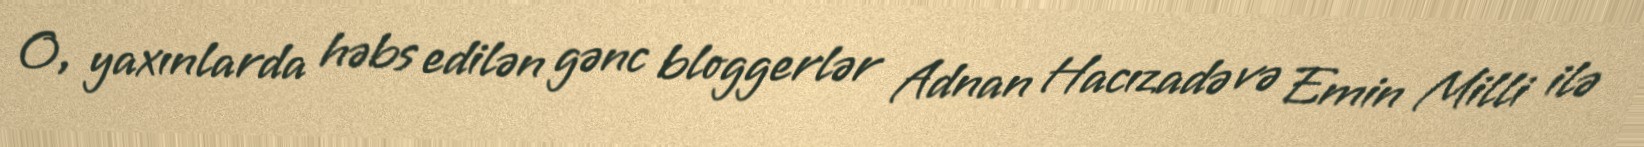
O, yaxınlarda həbs edilən gənc bloggerlər Adnan Hacızadə və Emin Milli ilə